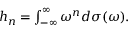
\begin{array} { r } { h _ { n } = \int _ { - \infty } ^ { \infty } \omega ^ { n } d \sigma ( \omega ) . } \end{array}